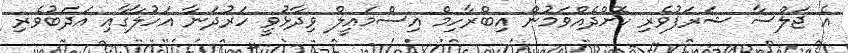
އެ ޖަލްސާ ޝަރަފުވެރި ކޮށްދެއްވަމުން އިބްރާހިމް އިސްމައީލް ވިދާޅުވީ ހަރުދަނާ އަހުލާގާއި އަދަބުވެރި